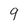
Character: 9